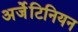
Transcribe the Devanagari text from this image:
अर्जेंटिनियन